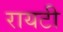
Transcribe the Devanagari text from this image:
रायटी